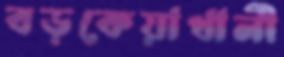
বড়কেয়াখালী